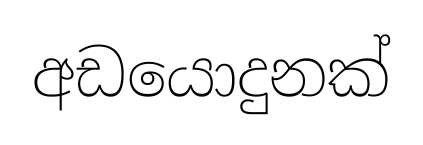
අඩයොදුනක්